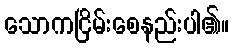
သောကငြိမ်းစေနည်းပါ၏။